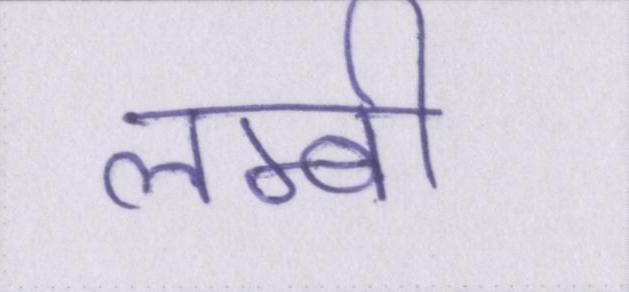
लम्बी